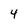
Character: 4